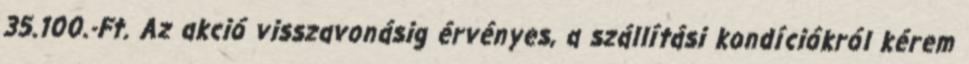
35.100.-Ft. Az akció visszavonásig érvényes, a szállítási kondíciókról kérem